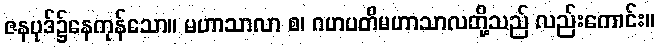
ဇနပုဒ်၌နေကုန်သော။ မဟာသာလာ စ၊ ဂဟပတိမဟာသာလတို့သည် လည်းကောင်း။